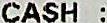
CASH :